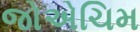
જોએચિમ